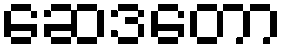
ဆေဒတော